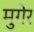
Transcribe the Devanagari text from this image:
मुगेर